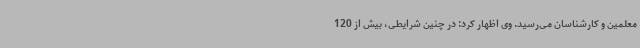
معلمین و کارشناسان می‌رسید. وی اظهار کرد: در چنین شرایطی، بیش از 120